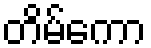
တိမ်ကော